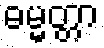
ဓမ္မတ္တာ